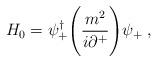
LaTeX: \begin{align*}H_0 = \psi_+^\dagger \Biggl({m^2 \over i\partial^+}\Biggr)\psi_+ \;,\end{align*}